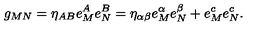
g _ { M N } = \eta _ { A B } e _ { M } ^ { A } e _ { N } ^ { B } = \eta _ { \alpha \beta } e _ { M } ^ { \alpha } e _ { N } ^ { \beta } + e _ { M } ^ { c } e _ { N } ^ { c } .